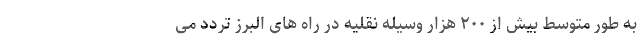
به طور متوسط بیش از ۲۰۰ هزار وسیله نقلیه در راه های البرز تردد می